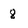
Character: 8